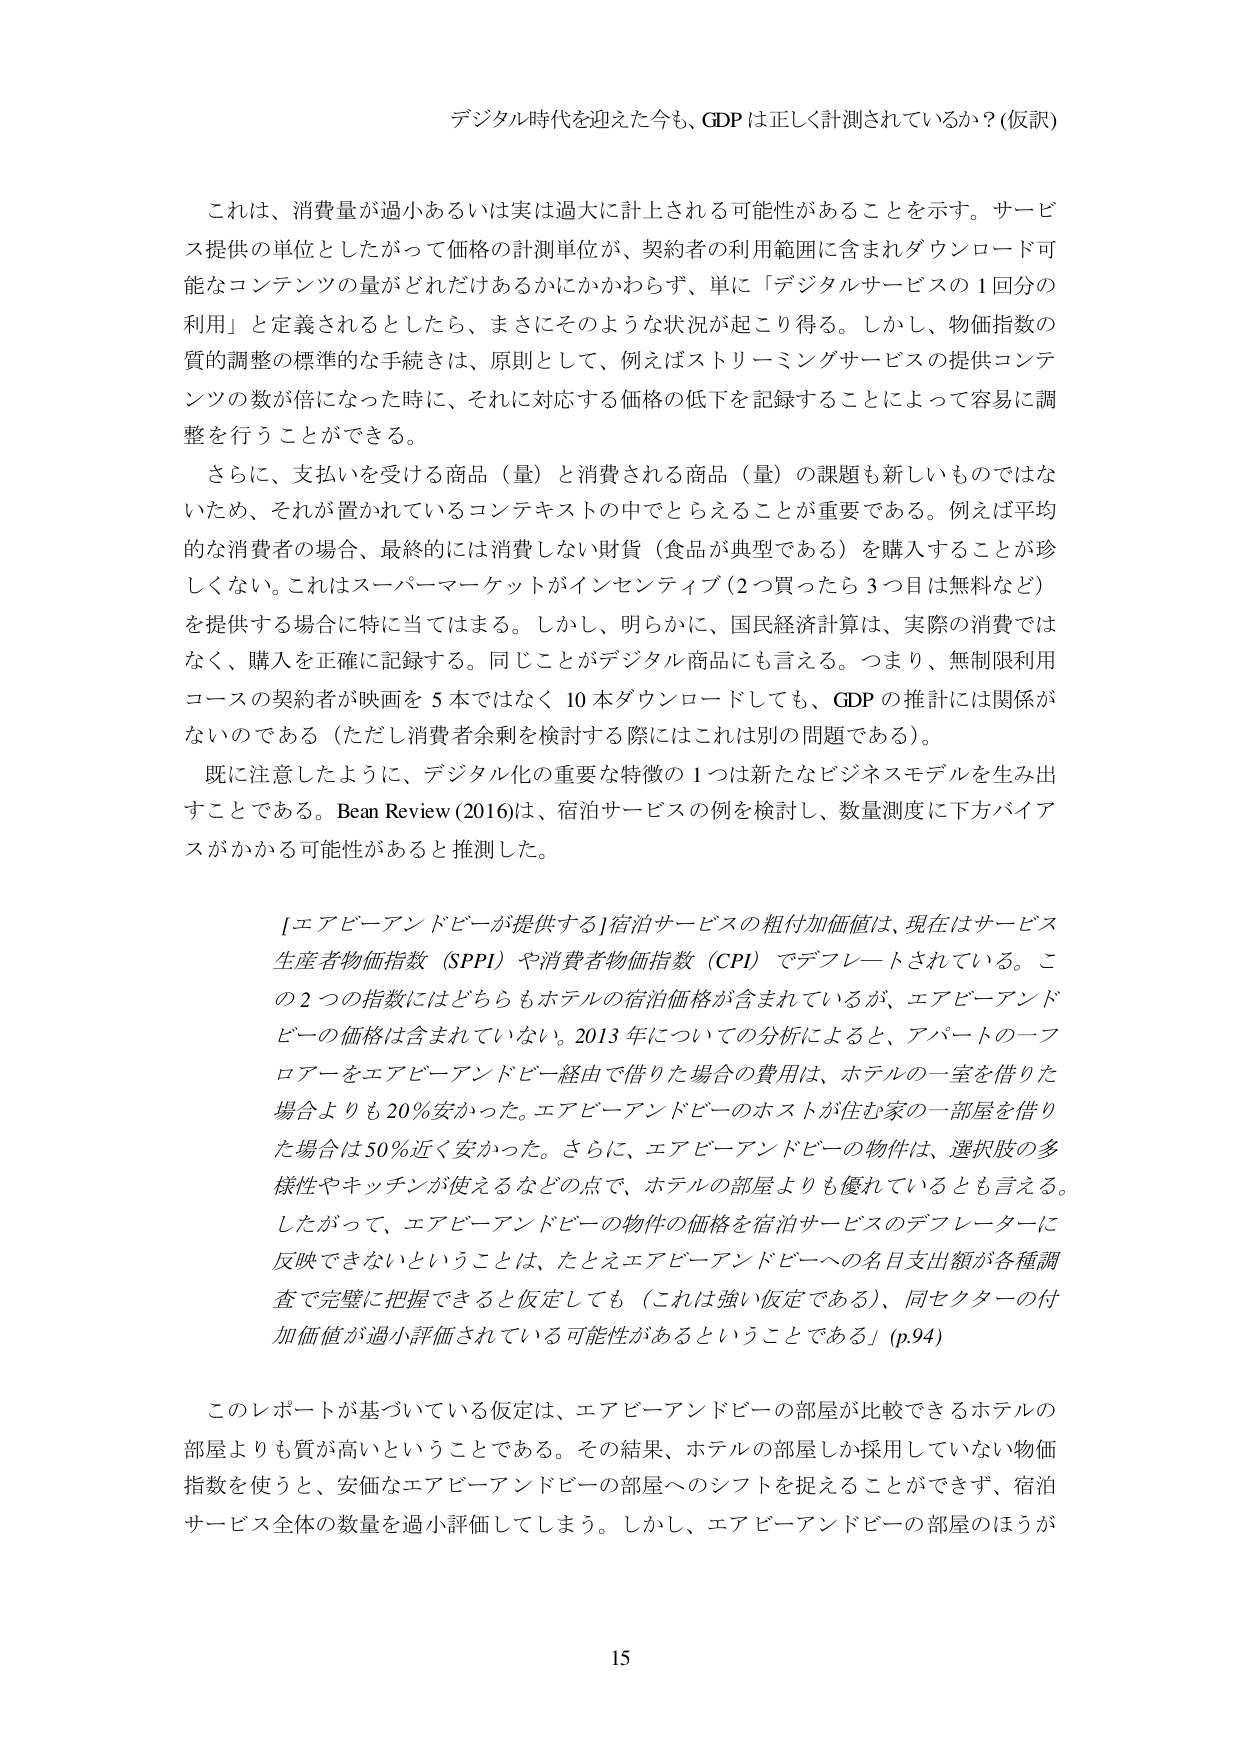
デジタル時代を迎えた今も、GDPは正しく計測されているか？(仮訳)

これは、消費量が過小あるいは実は過大に計上される可能性があることを示す。サービス提供の単位としたがって価格の計測単位が、契約者の利用範囲に含まれダウンロード可能なコンテンツの量がどれだけあるかにかかわらず、単に「デジタルサービスの1回分の利用」と定義されるとしたら、まさにそのような状況が起こり得る。しかし、物価指数の質的調整の標準的な手続きは、原則として、例えばストリーミングサービスの提供コンテンツの数が倍になった時に、それに対応する価格の低下を記録することによって容易に調整を行うことができる。

さらに、支払いを受ける商品（量）と消費される商品（量）の課題も新しいものではないため、それが置かれているコンテキストの中でとらえることが重要である。例えば平均的な消費者の場合、最終的には消費しない財貨（食品が典型である）を購入することが珍しくない。これはスーパーマーケットがインセンティブ（2つ買ったら3つ目は無料など）を提供する場合に特に当てはまる。しかし、明らかに、国民経済計算は、実際の消費ではなく、購入を正確に記録する。同じことがデジタル商品にも言える。つまり、無制限利用コースの契約者が映画を5本ではなく10本ダウンロードしても、GDPの推計には関係がないのである（ただし消費者余剰を検討する際にはこれは別の問題である）。

既に注意したように、デジタル化の重要な特徴の1つは新たなビジネスモデルを生み出すことである。Bean Review (2016)は、宿泊サービスの例を検討し、数量測度に下方バイアスがかかる可能性があると推測した。

[エアビーアンドビーが提供する]宿泊サービスの粗付加価値は、現在はサービス生産者物価指数（SPPI）や消費者物価指数（CPI）でデフレートされている。この2つの指数にはどちらもホテルの宿泊価格が含まれているが、エアビーアンドビーの価格は含まれていない。2013年についての分析によると、アパートの一つをエアビーアンドビー経由で借りた場合の費用は、ホテルの一室を借りた場合よりも20％安かった。エアビーアンドビーのホストが住む家の一部屋を借りた場合は50％近く安かった。さらに、エアビーアンドビーの物件は、選択肢の多様性やキッチンが使えるなどの点で、ホテルの部屋よりも優れているとも言える。したがって、エアビーアンドビーの物件の価格を宿泊サービスのデフレーターに反映できないということは、たとえエアビーアンドビーへの名目支出額が各種調査で完璧に把握できると仮定しても（これは強い仮定である）、同セクターの付加価値が過小評価されている可能性があるということである」(p.94)

このレポートが基づいている仮定は、エアビーアンドビーの部屋が比較できるホテルの部屋よりも質が高いということである。その結果、ホテルの部屋しか採用していない物価指数を使うと、安価なエアビーアンドビーの部屋へのシフトを捉えることができず、宿泊サービス全体の数量を過小評価してしまう。しかし、エアビーアンドビーの部屋のほうが

15